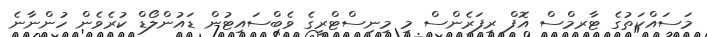
މަސައްކަތުގެ ޓާރމްސް އޮފް ރިފަރެންސް މި މިނިސްޓްރީގެ ވެބްސައިޓުން ޑައުންލޯޑް ކުރެވެން ހުންނާނެ